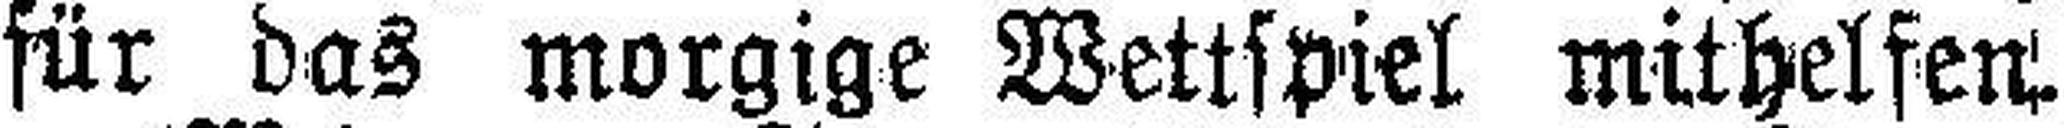
für das morgige Wettspiel mithelfen.